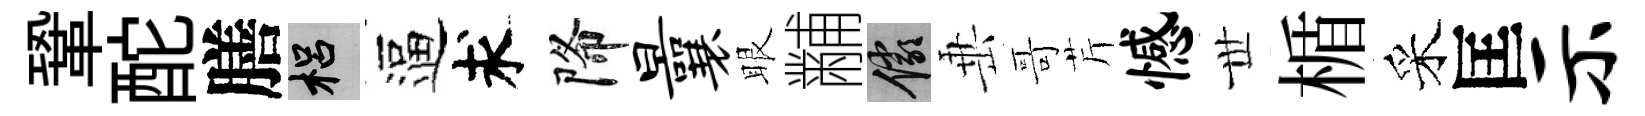
鞏酡膳梠逼求降曩眼黼儼𡸁哥芹憾𠀍楯采匡示